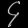
Digit: ၄